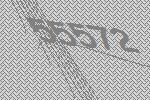
55572